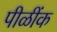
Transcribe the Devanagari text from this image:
पीळींक